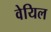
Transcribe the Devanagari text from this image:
वेयिल